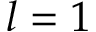
l = 1